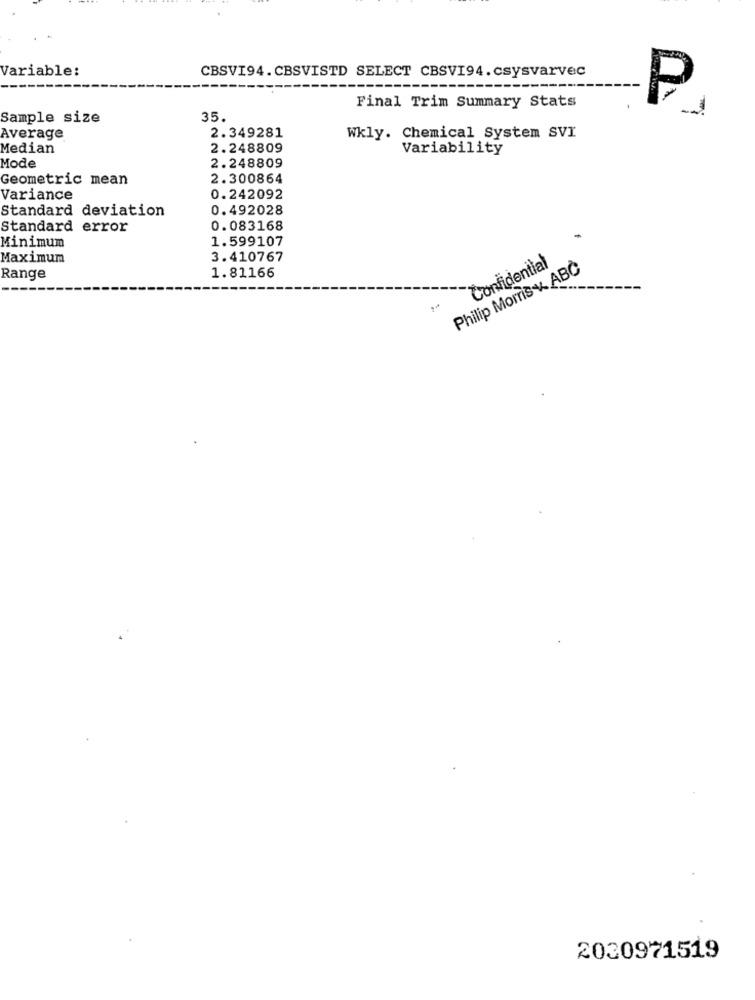
Variable:
CBSVI94.CBSVISTD SELECT CBSVI94.csysvarvec
P
Final Trim Summary Stats
Sample size
35.
Average
2.349281
Wkly. Chemical System SVI
Median
2.248809
Variability
Mode
2.248809
Geometric mean
2.300864
Variance
0.242092
Standard deviation
0.492028
Standard error
0.083168
1.599107
Minimum
Maximum
3.410767
Confidential
Philip Morris w ABC
Range
1.81166
2030971519